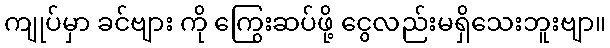
ကျုပ်မှာ ခင်ဗျား ကို ကြွေးဆပ်ဖို့ ငွေလည်းမရှိသေးဘူးဗျာ။